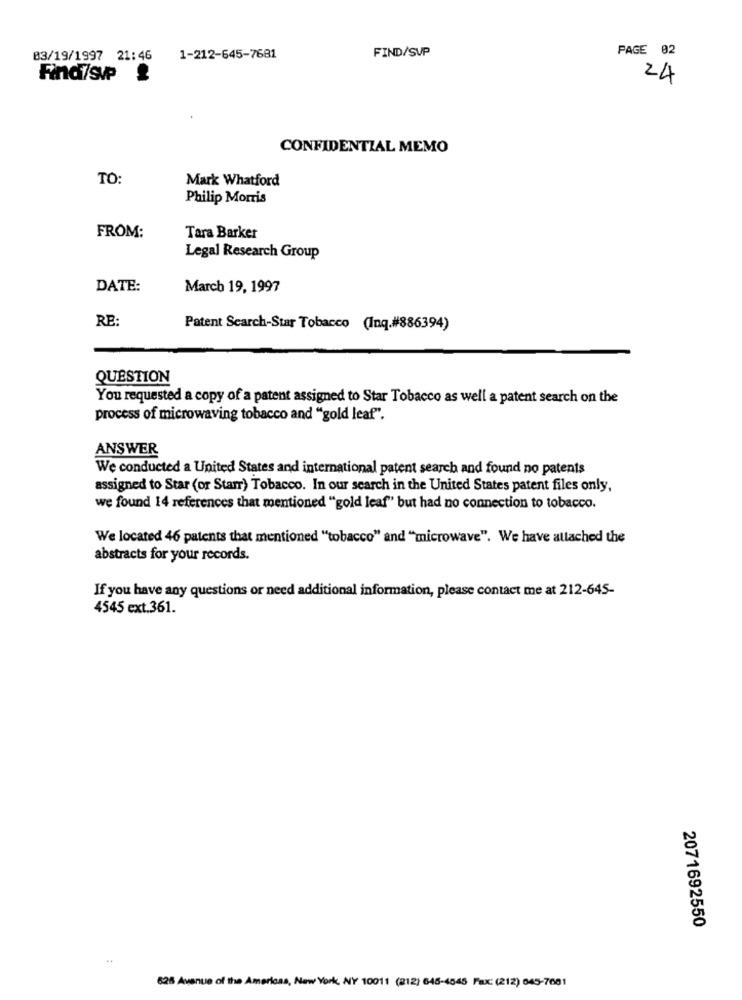
FIND/SVP
PAGE 02
03/19/1997 21:46
1-212-645-7681
Find/svp
24
CONFIDENTIAL MEMO
TO:
Mark Whatford
Philip Morris
FROM:
Tara Barker
Legal Research Group
DATE:
March 19, 1997
RE:
Patent Search-Star Tobacco (Inq.#886394)
QUESTION
You requested a copy of a patent assigned to Star Tobacco as well a patent search on the
process of microwaving tobacco and "gold leaf".
ANSWER
We conducted a United States and international patent search and found no patents
assigned to Star (or Starr) Tobacco. In our search in the United States patent files only,
we found 14 references that mentioned "gold leaf" but had no connection to tobacco.
We located 46 patents that mentioned "tobacco" and "microwave". We have attached the
abstracts for your records.
If you have any questions or need additional information, please contact me at 212-645-
4545 ext.361.
2071692550
625 Avenue of the Americas, New York, NY 10011 (212) 645-4545 Fax: (212) 645-7001